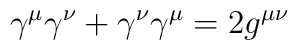
\gamma^\mu \gamma^\nu+\gamma^\nu \gamma^\mu = 2g^{\mu\nu}